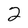
Character: 2